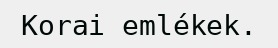
Korai emlékek.